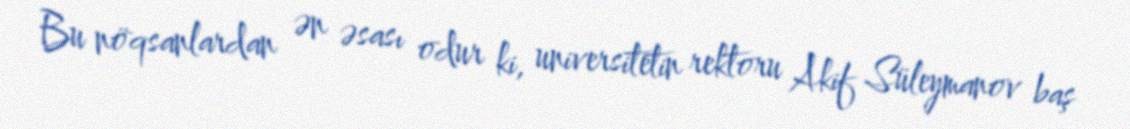
Bu nöqsanlardan ən əsası odur ki, universitetin rektoru Akif Süleymanov baş